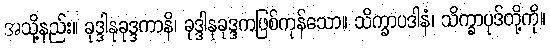
အသို့နည်း။ ခုဒ္ဒါနုခုဒ္ဒကာနိ၊ ခုဒ္ဒါနုခုဒ္ဒကဖြစ်ကုန်သော။ သိက္ခာပဒါနံ၊ သိက္ခာပုဒ်တို့ကို။